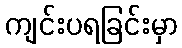
ကျင်းပရခြင်းမှာ